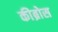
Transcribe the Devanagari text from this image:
कीब्रोस